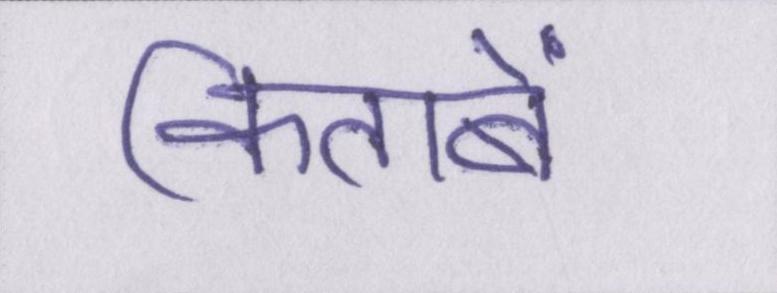
किताबें